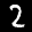
Label: 2